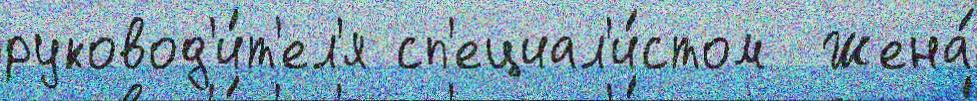
руковод'и́т'ел'я сп'ециал'и́стом  Жена́